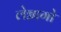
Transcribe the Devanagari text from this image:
लेग्नागो